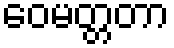
ဝေမတ္တတာ